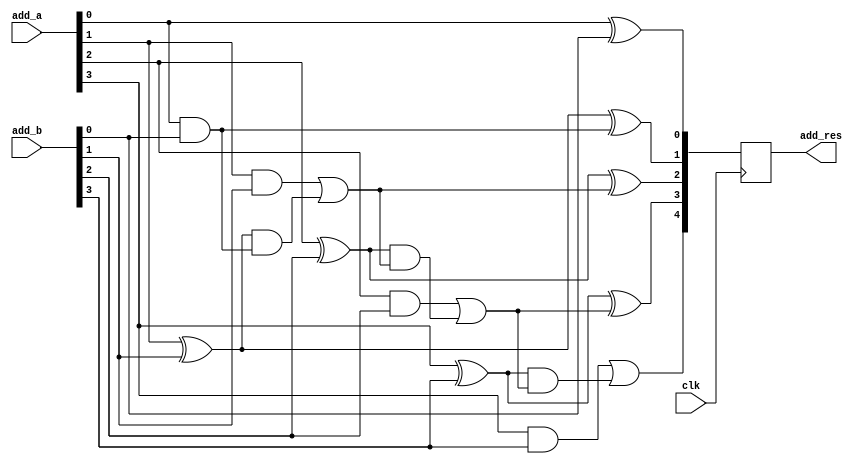
module add(
	input clk,
	input [3:0] add_a,
	input [3:0] add_b,
	output [4:0] add_res);

	wire [3:0] add_a,add_b;
	reg [4:0] add_res;

	wire c_1;
	wire c_2;
	wire c_3;
	wire c_4;

	assign c_1 = add_a[0] & add_b[0];
	assign c_2 = (add_a[1] & add_b[1]) | ((add_a[1] ^ add_b[1]) & c_1);
	assign c_3 = (add_a[2] & add_b[2]) | ((add_a[2] ^ add_b[2]) & c_2);
	assign c_4 = (add_a[3] & add_b[3]) | ((add_a[3] ^ add_b[3]) & c_3);

	always@(posedge clk)
	begin
		add_res[0] <= add_a[0] ^ add_b[0];
		//c_1 <= add_a[0] & add_b[0];
		add_res[1] <= add_a[1] ^ add_b[1] ^ c_1;
		//c_2 <= (add_a[1] & add_b[1]) | ((add_a[1] ^ add_b[1]) & c_1);
		add_res[2] <= add_a[2] ^ add_b[2] ^ c_2;
		//c_3 <= (add_a[2] & add_b[2]) | ((add_a[2] ^ add_b[2]) & c_2);
		add_res[3] <= add_a[3] ^ add_b[3] ^ c_3;
		//c_4 <= (add_a[3] & add_b[3]) | ((add_a[3] ^ add_b[3]) & c_3);
		add_res[4] <= c_4;
	end

	endmodule